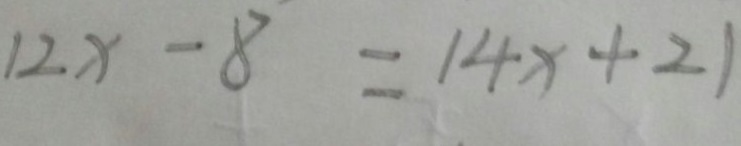
1 2 x - 8 = 1 4 x + 2 1